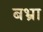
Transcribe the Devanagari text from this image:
बभ्रा